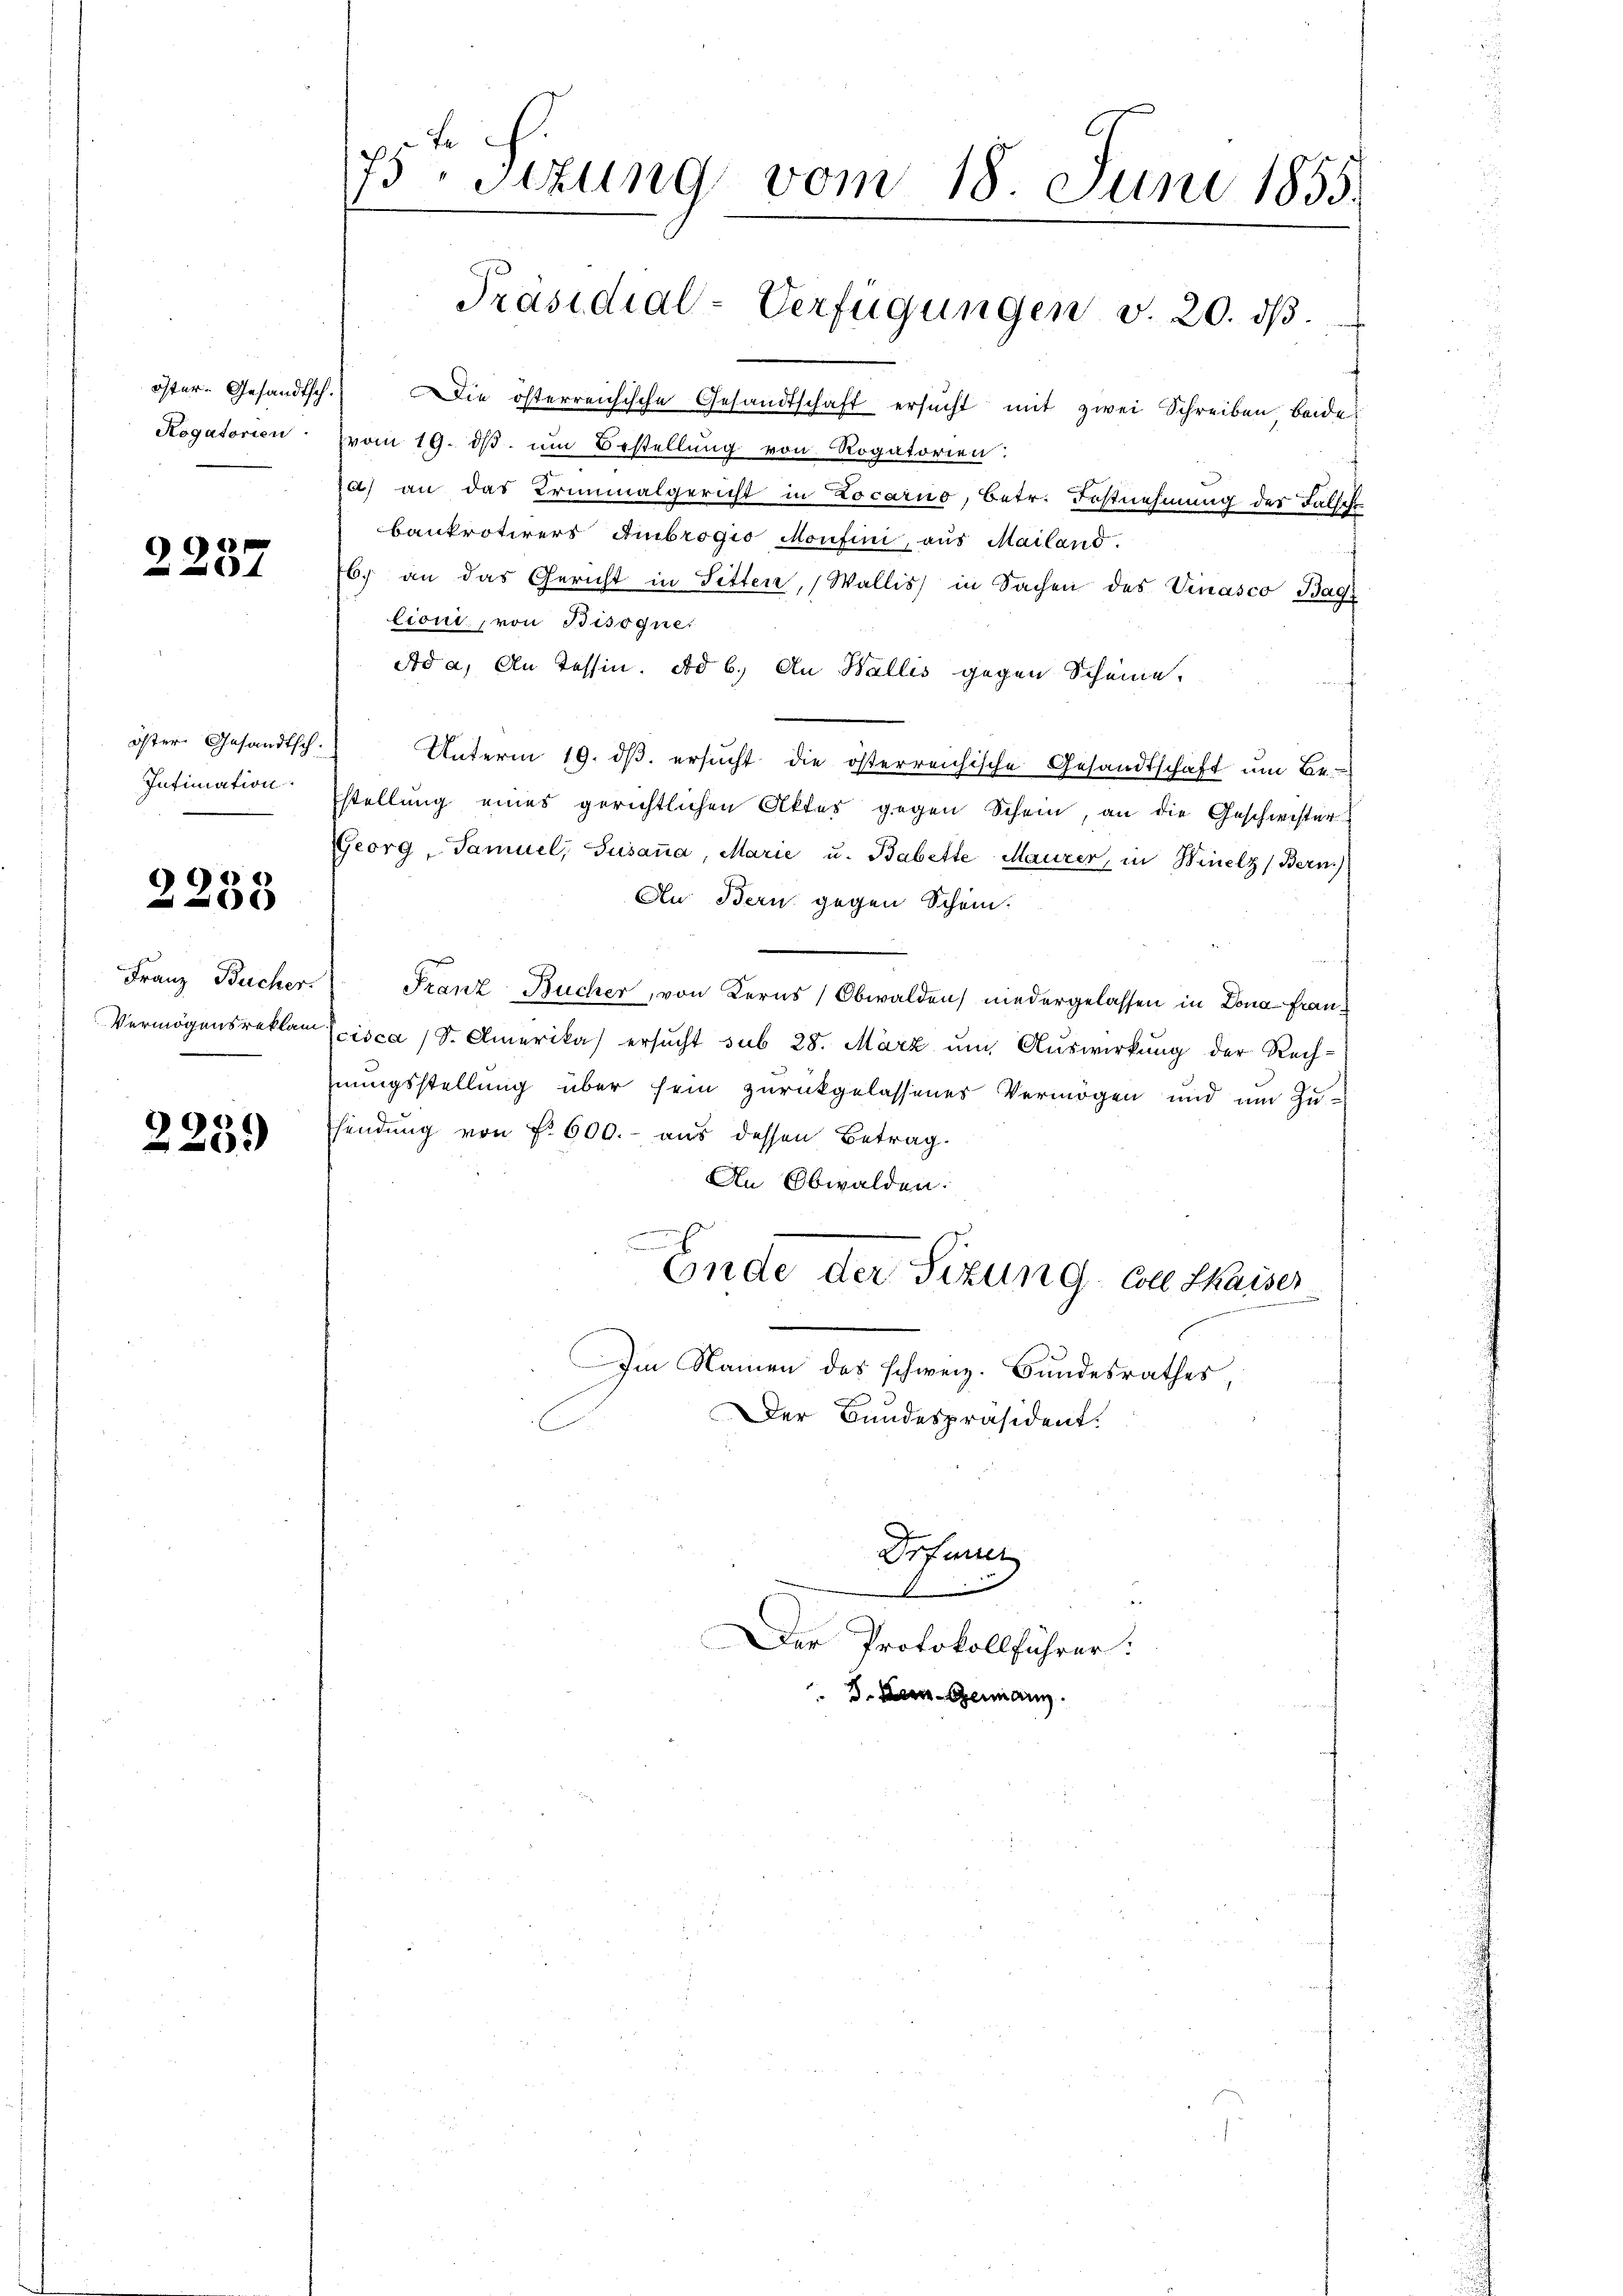
e

öster Gesandtsch.
Intimation.

2233

2259

p
Sttung vom 18. Juni 1855.
Präsidial-Verfügungen v. 20. dβ.

öster-Gesandtsch. Die österreichische Gesandtschaft ersŭcht mit zwei Schreiben beide
Rogatorien vom 19. dβ. um Bestellung von Rogatorien:
20) an das Kriminalgericht in Locarno, Betr. Festnehmung des Falsche
bankrotirers Ambrogio Montini, aus Mailand.
b. an das Gericht in Sitten, Wallis in Sachen des Vinasco Bag
lioni, von Bisogne.
Ad a. An Tessin. Ad b.) An Wallis gegen Scheine,
Unterm 19. dβ. ersŭcht die österreichische Gesandtschaft ŭm Be-
stellung eines gerichtlichen Aktes gegen Schein, an die Geschwister
Georg, Samuel, Susanna, Marie u. Babette Maurer, in Winelz (Bern)
Au: Bern gegen Schein.
Franz Bucher.  Franz Bucher, von Kerns, Obwalden niedergelassen in Dona fran¬
Vermögensreklam (isca 1 S. Amerika) ersucht sub 28. März um Auswirkung der Rechhnungsstellung über sein zurückgelassenes Vermögen und um Zu-
Esendung von N. 600.- aus dessen Betrag.
An Obwalden.
Ende der Sizung - Coll Kaiser
Im Namen des schweiz. Bundesrathes,
Der Bundespräsident.
Drfener
d
Der Protokollführer:
8. Der Germann.